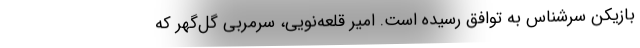
بازیکن سرشناس به توافق رسیده است. امیر قلعه‌نویی، سرمربی گل‌گهر که